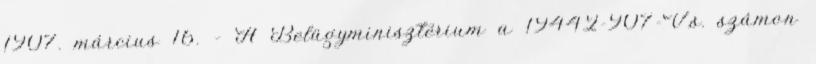
1907. március 16. – A Belügyminisztérium a 19442-907-V.s. számon